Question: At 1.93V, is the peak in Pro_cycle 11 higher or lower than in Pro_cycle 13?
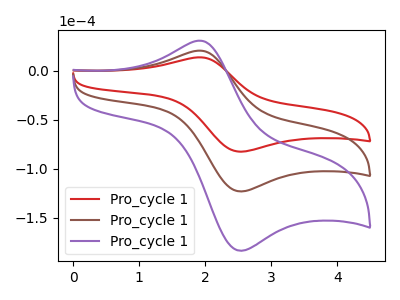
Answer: <think>The red curve "Pro_cycle 11" has an anodic peak at (1.95V, 13.85uA) and a cathodic peak at (2.50V, -82.45uA). The brown curve "Pro_cycle 12" has an anodic peak at (1.95V, 20.70uA) and a cathodic peak at (2.50V, -123.00uA). The purple curve "Pro_cycle 13" has an anodic peak at (1.95V, 41.35uA) and a cathodic peak at (2.50V, -246.05uA).</think>
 <answer>The peak at 1.93V is lower in "Pro_cycle 11" than in "Pro_cycle 13".</answer>
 <eval>lower</eval>